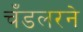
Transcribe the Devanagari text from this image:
चँडलरने